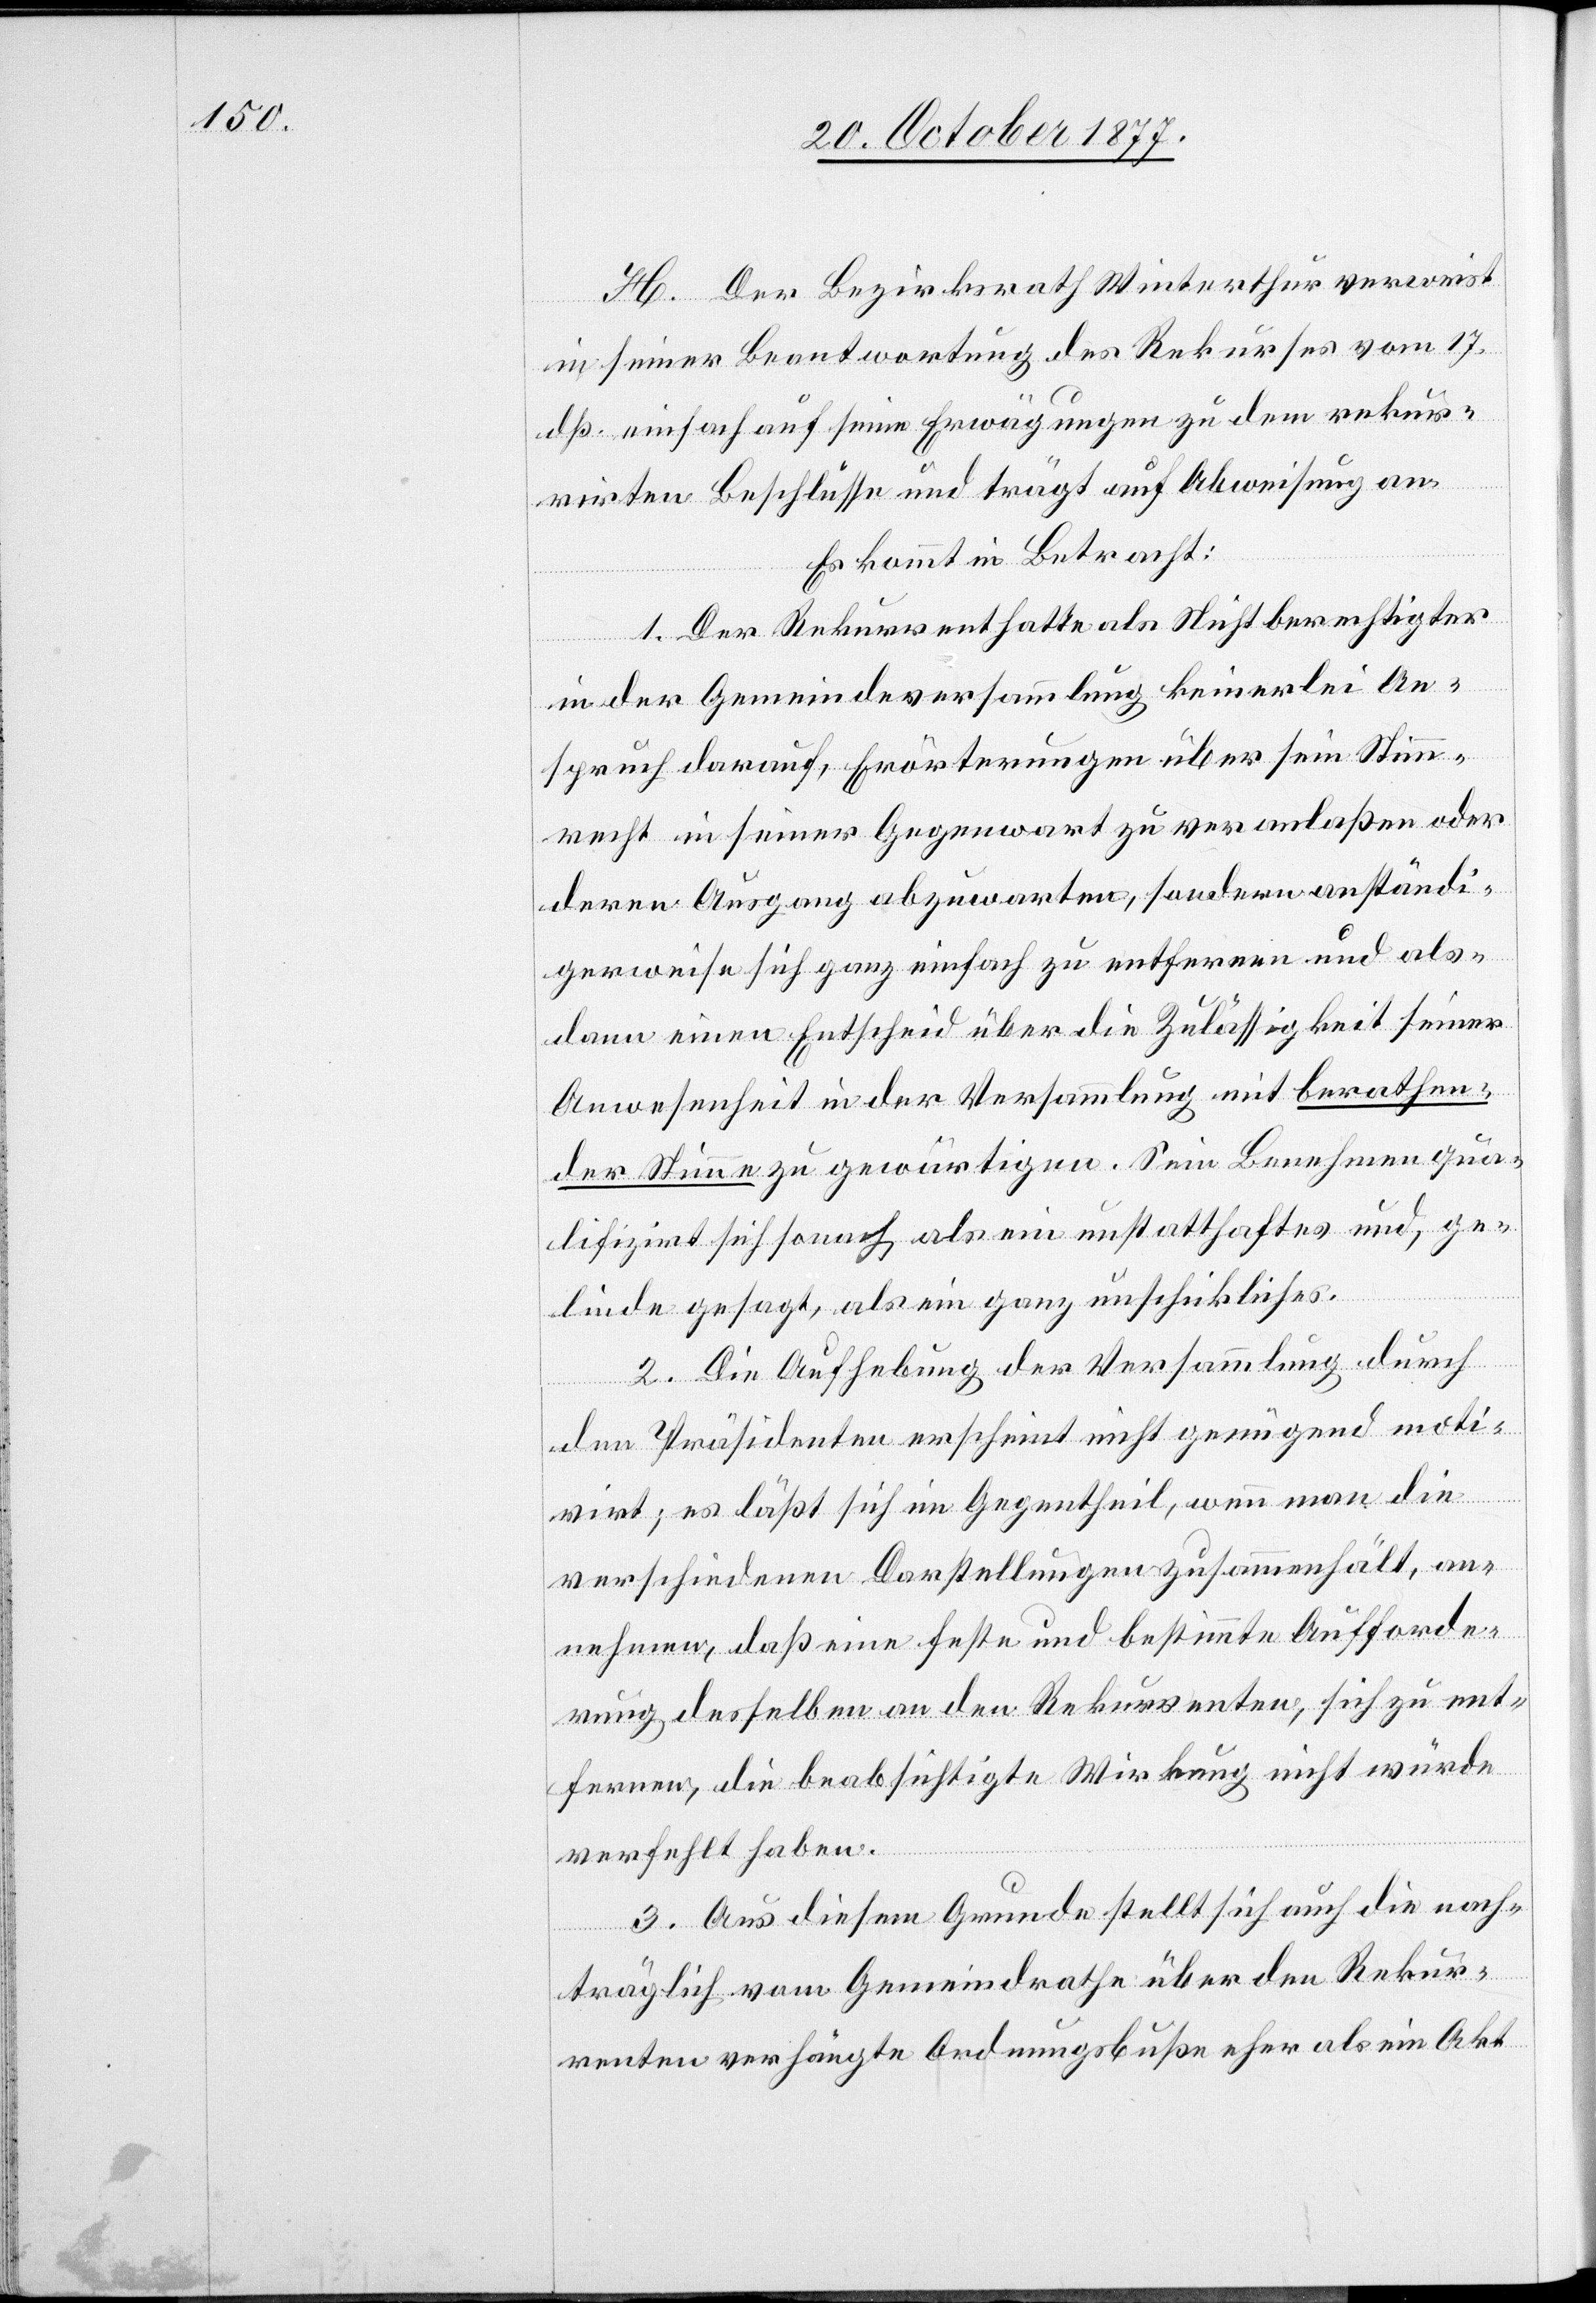
H. Der Bezirksrath Winterthur verweist
in seiner Beantwortung des Rekurses vom 17.
dß. einfach auf seine Erwägungen zu dem rekur¬
rirten Beschlusse und trägt auf Abweisung an.
Es kommt in Betracht:
1. Der Rekurrent hatte als Nichtberechtigter
in der Gemeindeversammlung keinerlei An¬
spruch darauf, Erörterungen über sein Stimm¬
recht in seiner Gegenwart zu veranlaßen oder
deren Ausgang abzuwarten, sondern anständi¬
gerweise sich ganz einfach zu entfernen und als¬
dann einen Entscheid über die Zulässigkeit seiner
Anwesenheit in der Versammlung mit berathen¬
der Stimme zu gewärtigen. Sein Benehmen qua¬
lifizirt sich sonach als ein unstatthaftes und, ge¬
linde gesagt, als ein ganz unschickliches.
2. Die Aufhebung der Versammlung durch
den Präsidenten erscheint nicht genügend moti¬
virt; es läßt sich im Gegentheil, wenn man die
verschiedenen Darstellungen zusammenhält, an¬
nehmen, daß eine feste und bestimmte Aufforde¬
rung desselben an den Rekurrenten, sich zu ent¬
fernen, die beabsichtigte Wirkung nicht würde
verfehlt haben.
3. Aus diesem Grunde stellt sich auch die nach¬
träglich vom Gemeindrathe über den Rekur¬
renten verhängte Ordnungsbuße eher als ein Akt